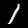
Digit: 1